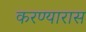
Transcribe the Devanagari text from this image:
करण्यारास